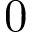
0